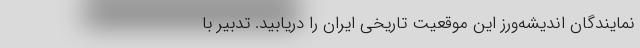
نمایندگان اندیشه‌ورز این موقعیت تاریخی ایران را دریابید. تدبیر با